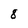
Character: 8